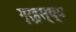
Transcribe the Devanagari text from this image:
गृर्हस्थ्य